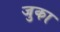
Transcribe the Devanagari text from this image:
जुका